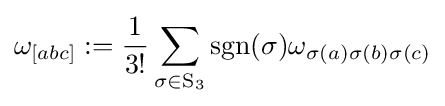
\omega _{[abc]}:={\frac {1}{3!}}\sum _{\sigma \in \mathrm {S} _{3}}{{\text{sgn}}(\sigma )}\omega _{\sigma (a)\sigma (b)\sigma (c)}